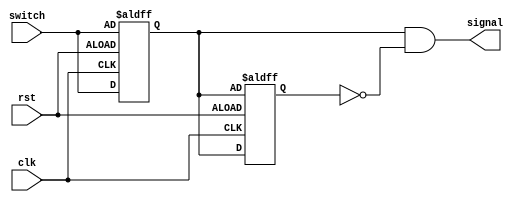
`timescale 1ns / 1ps

module exciting(
    input clk,
    input rst,
    input switch,
    output signal
    );

    reg lag1, lag2;

    always @ (posedge clk or posedge rst) begin
        if (rst) begin
            lag1 <= switch;
            lag2 <= lag1;
        end
        else begin
            lag1 <= switch;
            lag2 <= lag1;
        end
    end

    //
    assign signal = lag1 & ~lag2;

endmodule